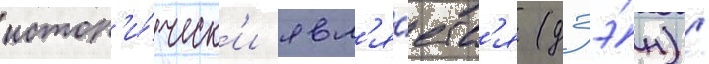
истор'и́ческ'и явл'я́етс'я (дзэ́н) /